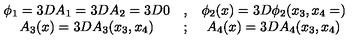
\begin{array} { c c c } { \phi _ { 1 } = 3 D A _ { 1 } = 3 D A _ { 2 } = 3 D 0 } & { , } & { \phi _ { 2 } ( x ) = 3 D \phi _ { 2 } ( x _ { 3 } , x _ { 4 } = ) } \\ { A _ { 3 } ( x ) = 3 D A _ { 3 } ( x _ { 3 } , x _ { 4 } ) } & { ; } & { A _ { 4 } ( x ) = 3 D A _ { 4 } ( x _ { 3 } , x _ { 4 } ) } \\ \end{array}